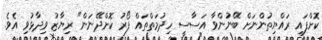
ކޮށްފައި ރައްޔިތުންނަށް ބޭނުންވާ އަސާސީ ހިދުމަތްތައް ފޯރު ކޮށްދޭނަން" ރިޔާޒު ވިދާޅުވި އެވެ.